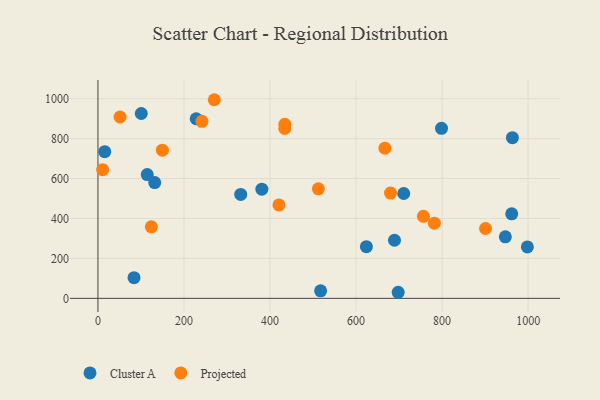
{"axis": {"x": "Ad Spend", "y": "Salary"}, "legend": ["Cluster A", "Projected"], "data": [{"x": "961.8", "y": 423.6, "type": "Cluster A"}, {"x": "83.9", "y": 103.3, "type": "Cluster A"}, {"x": "517.6", "y": 37.8, "type": "Cluster A"}, {"x": "381.0", "y": 547.0, "type": "Cluster A"}, {"x": "697.9", "y": 30.4, "type": "Cluster A"}, {"x": "132.0", "y": 580.1, "type": "Cluster A"}, {"x": "15.8", "y": 735.0, "type": "Cluster A"}, {"x": "998.2", "y": 257.8, "type": "Cluster A"}, {"x": "114.6", "y": 620.1, "type": "Cluster A"}, {"x": "947.0", "y": 308.0, "type": "Cluster A"}, {"x": "331.9", "y": 520.6, "type": "Cluster A"}, {"x": "100.7", "y": 926.0, "type": "Cluster A"}, {"x": "689.3", "y": 291.1, "type": "Cluster A"}, {"x": "963.4", "y": 805.0, "type": "Cluster A"}, {"x": "228.4", "y": 899.8, "type": "Cluster A"}, {"x": "710.8", "y": 525.3, "type": "Cluster A"}, {"x": "798.6", "y": 851.5, "type": "Cluster A"}, {"x": "624.0", "y": 258.6, "type": "Cluster A"}, {"x": "756.6", "y": 410.7, "type": "Projected"}, {"x": "420.7", "y": 467.8, "type": "Projected"}, {"x": "900.9", "y": 349.9, "type": "Projected"}, {"x": "149.8", "y": 742.1, "type": "Projected"}, {"x": "434.4", "y": 871.9, "type": "Projected"}, {"x": "51.4", "y": 908.4, "type": "Projected"}, {"x": "434.3", "y": 850.9, "type": "Projected"}, {"x": "241.8", "y": 886.6, "type": "Projected"}, {"x": "512.4", "y": 548.5, "type": "Projected"}, {"x": "270.4", "y": 995.0, "type": "Projected"}, {"x": "667.1", "y": 752.2, "type": "Projected"}, {"x": "10.9", "y": 644.6, "type": "Projected"}, {"x": "124.2", "y": 358.5, "type": "Projected"}, {"x": "680.1", "y": 527.4, "type": "Projected"}, {"x": "782.0", "y": 376.4, "type": "Projected"}]}